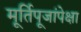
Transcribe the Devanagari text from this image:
मूर्तिपूजांपेक्षा